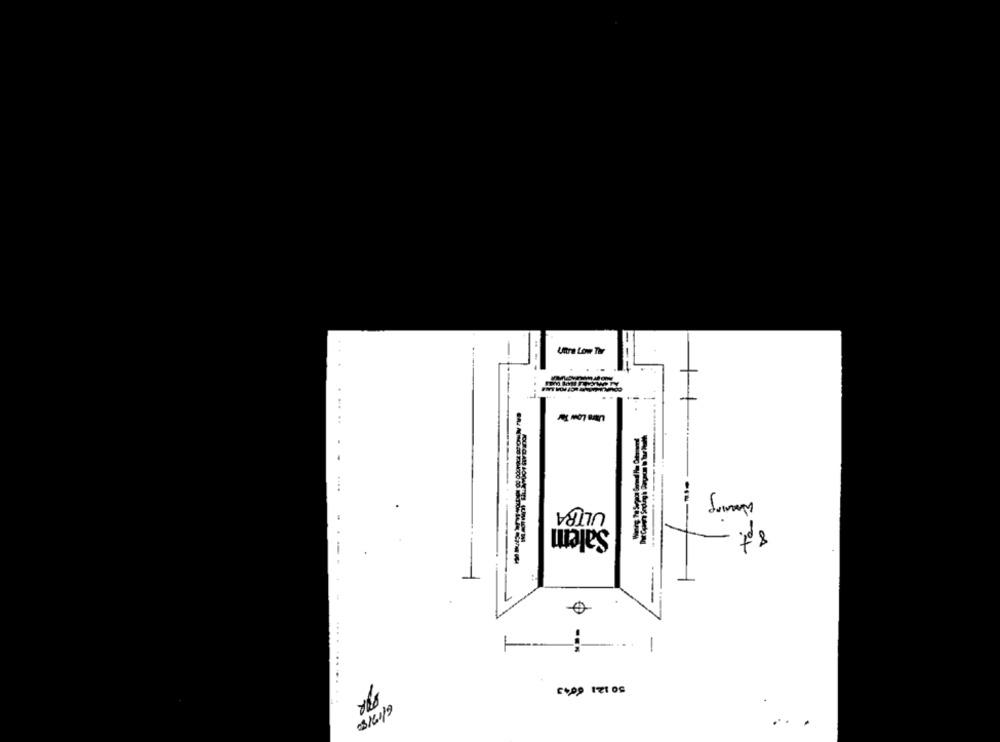
Uhra Low Thr
...
ULTRA
Sommy
Salem
te
--
1
03/6/19